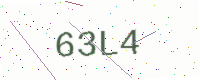
Text: 63L4